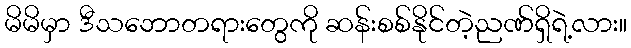
မိမိမှာ ဒီသဘောတရားတွေကို ဆန်းစစ်နိုင်တဲ့ညဏ်ရှိရဲ့လား။